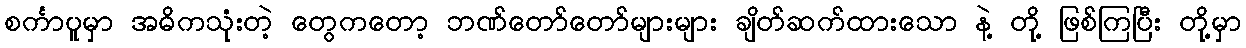
စင်္ကာပူမှာ အဓိကသုံးတဲ့ တွေကတော့ ဘဏ်တော်တော်များများ ချိတ်ဆက်ထားသော နဲ့ တို့ ဖြစ်ကြပြီး တို့မှာ